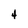
Character: 4